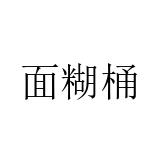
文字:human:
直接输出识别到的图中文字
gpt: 面糊桶